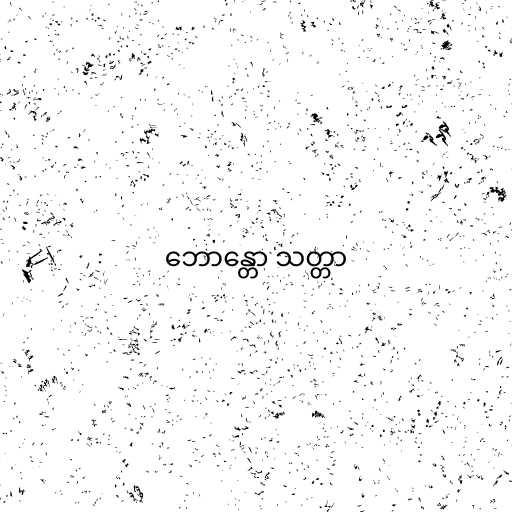
ဘောန္တော သတ္တာ